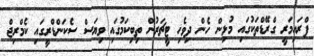
ޕްރައިމަރީ ގްްރޭޑްތަކުގައި މުޅިން ހެން ދިވެހި ޓީޗަރުން ތިބިކަމުގައި ވިޔަސް ސެކަންޑްރީގައި ކެމްރިޖް